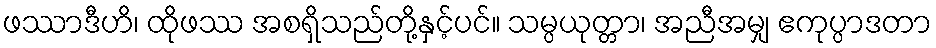
ဖဿာဒီဟိ၊ ထိုဖဿ အစရှိသည်တို့နှင့်ပင်။ သမ္ပယုတ္တာ၊ အညီအမျှ ဧကုပ္ပာဒတာ